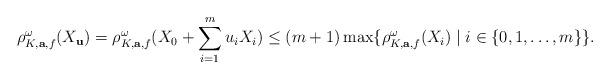
LaTeX: \begin{align*}\rho^{\omega}_{K,\mathbf{a},f}(X_{\mathbf{u}})=\rho^{\omega}_{K,\mathbf{a},f}(X_0+\sum_{i=1}^{m}u_iX_i)\le (m+1)\max\{\rho^{\omega}_{K,\mathbf{a},f}(X_i)\mid i\in \{0,1,\ldots,m\}\}.\end{align*}